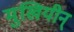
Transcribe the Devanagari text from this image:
मुखियीन्